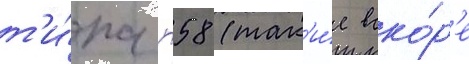
т'и́па п58 (так'и́е вско́р'е